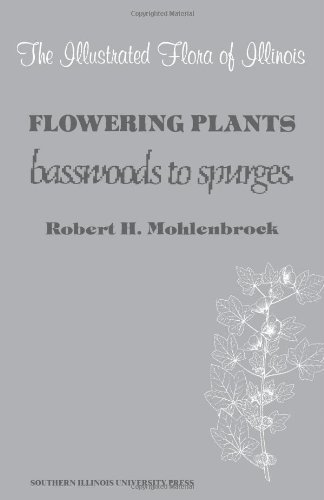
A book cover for Flowering Plants: Basswoods to Spurges (Illustrated Flora of Illinois); Robert H. Mohlenbrock; Science & Math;